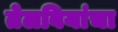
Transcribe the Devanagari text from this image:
तेलबियांचा